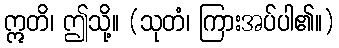
ဣတိ၊ ဤသို့။ (သုတံ၊ ကြားအပ်ပါ၏။)